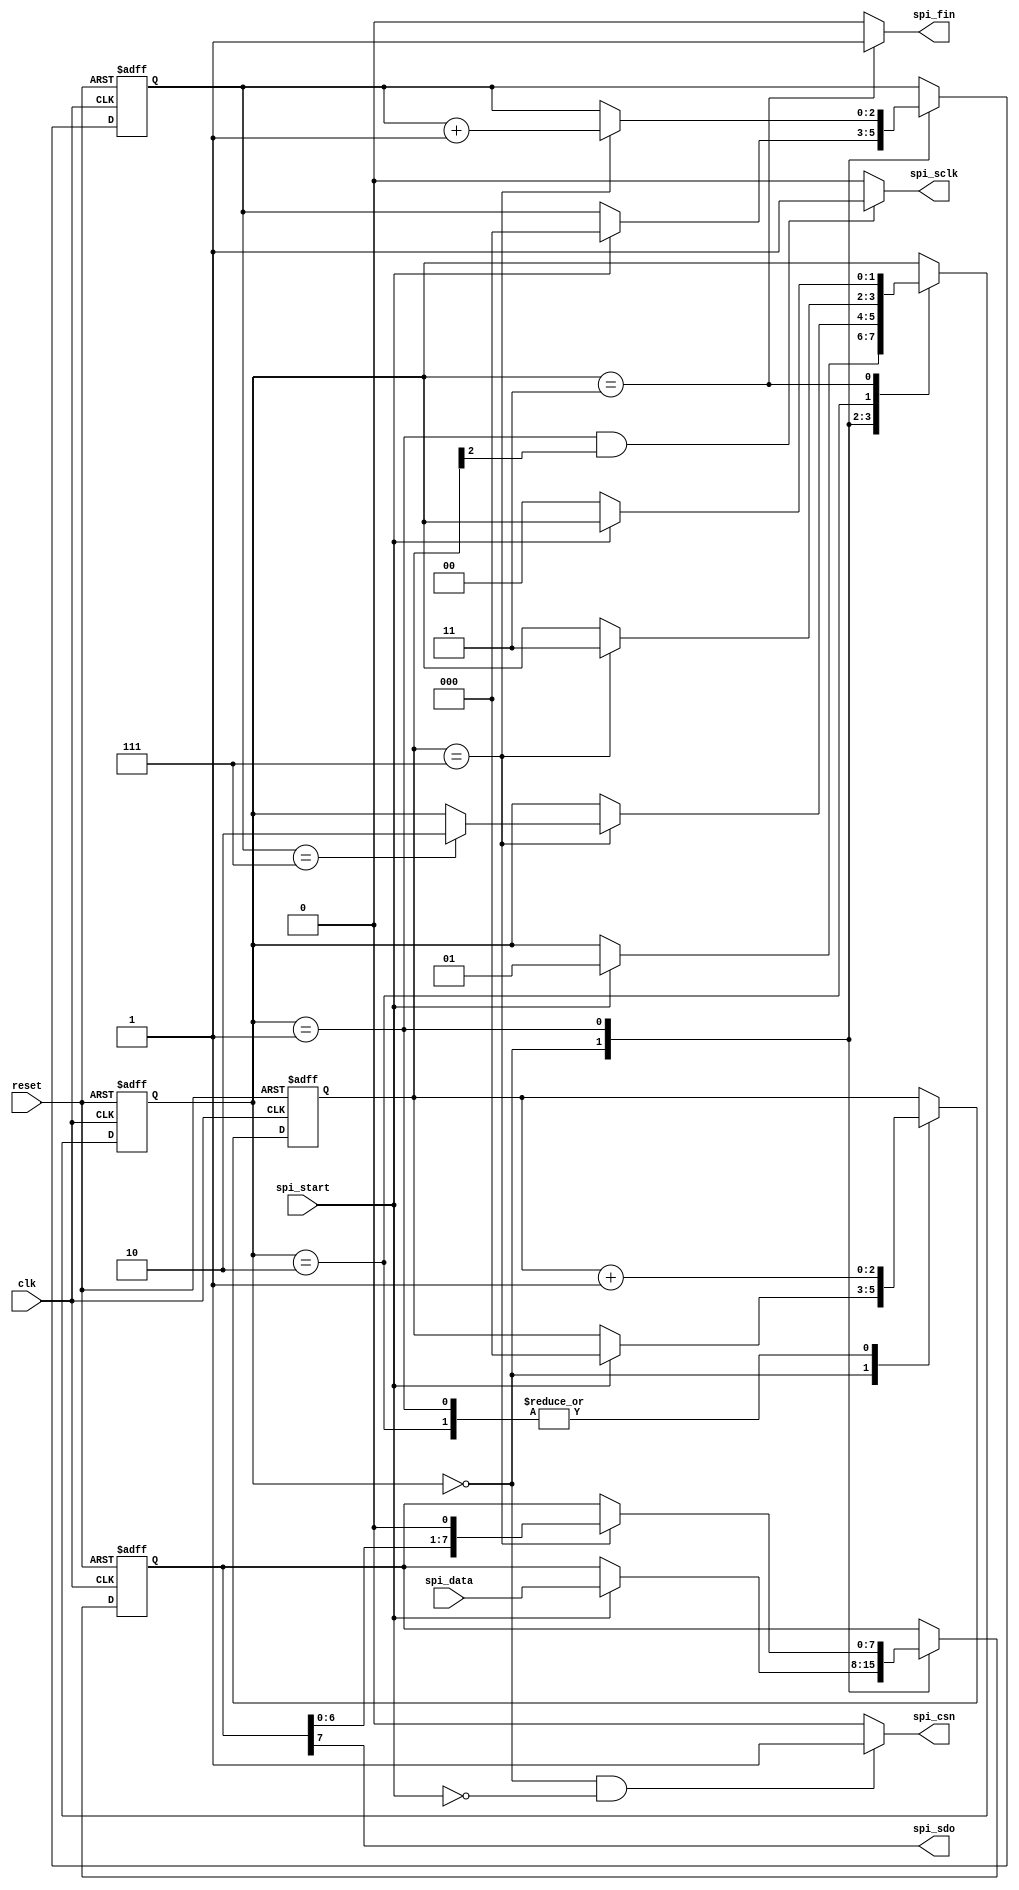
module spi_master #(
    parameter CLK_DIVIDE=3 // divide clk by 2^CLK_DIVIDE to get spi_sclk
) (
    input clk, // 50 MHz system clk
    input reset,

    input spi_start,
    input [7:0] spi_data,
    output spi_fin,

    output spi_csn,
    output spi_sdo,
    output spi_sclk // max 10 MHz clk
);

`define SPI_MASTER_SM_W 2

localparam STATE_IDLE = `SPI_MASTER_SM_W'h0;
localparam STATE_SEND = `SPI_MASTER_SM_W'h1;
localparam STATE_HOLD = `SPI_MASTER_SM_W'h2;
localparam STATE_DONE = `SPI_MASTER_SM_W'h3;

reg [`SPI_MASTER_SM_W-1:0] spi_sm_state;
reg [CLK_DIVIDE-1:0] clk_divider;
reg [7:0] spi_data_shift;
reg [2:0] shift_counter;

assign spi_csn = ((spi_sm_state==STATE_IDLE) && (spi_start==1'b0)) ? 1'b1 : 1'b0;
assign spi_sdo = spi_data_shift[7];
assign spi_sclk = ((spi_sm_state==STATE_SEND) && (clk_divider[CLK_DIVIDE-1]==1'b1)) ? 1'b1 : 1'b0;

assign spi_fin = (spi_sm_state==STATE_DONE) ? 1'b1 : 1'b0;

always @(posedge clk or posedge reset) begin
    if (reset) begin
        spi_sm_state <= STATE_IDLE;  
        spi_data_shift <= 'b0;
        clk_divider <= 'b0;
        shift_counter <= 'b0;
    end else begin
        case (spi_sm_state)
            STATE_IDLE: begin
                if (spi_start==1'b1) begin
                    spi_sm_state <= STATE_SEND;
                    spi_data_shift <= spi_data;
                    clk_divider <= 'b0;
                    shift_counter <= 'b0;
                end
            end
            STATE_SEND: begin
                clk_divider <= clk_divider + 1;
                if (clk_divider == {CLK_DIVIDE{1'b1}}) begin
                    shift_counter <= shift_counter + 1;
                    spi_data_shift <= {spi_data_shift[6:0], 1'b0};
                    if (shift_counter==3'b111) begin
                        spi_sm_state <= STATE_HOLD;
                    end
                end
            end
            STATE_HOLD: begin
                clk_divider <= clk_divider + 1;
                if (clk_divider == {CLK_DIVIDE{1'b1}}) begin
                    spi_sm_state <= STATE_DONE;
                end
            end
            STATE_DONE: begin
                if (spi_start==1'b0) begin
                    spi_sm_state <= STATE_IDLE;
                end
            end
            default:
                spi_sm_state <= STATE_IDLE;

        endcase
    end
end




endmodule